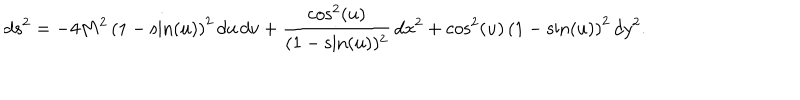
LaTeX: d s ^ { 2 } = - 4 M ^ { 2 } \, { { \left( 1 - \sin ( u ) \right) } ^ { 2 } } \, d u \, d v + { \frac { \cos ^ { 2 } ( u ) } { { ( 1 - \sin ( u ) } ) ^ { 2 } } } \, d x ^ { 2 } + { { { \cos ^ { 2 } ( u ) } } \, { \left( 1 - \sin ( u ) \right) } ^ { 2 } } \, d y ^ { 2 } .